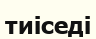
тиіседі